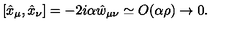
[ \hat { x } _ { \mu } , \hat { x } _ { \nu } ] = - 2 i \alpha \hat { w } _ { \mu \nu } \simeq O ( \alpha \rho ) \rightarrow 0 .